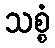
သစ္စံ